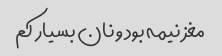
مغز نیمه بود و نان بسیار کم